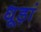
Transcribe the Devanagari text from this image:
धूड़ां